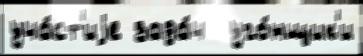
уча́ст'иjе зада́ч  уго́нщик'и